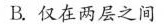
B.仅在两层之间